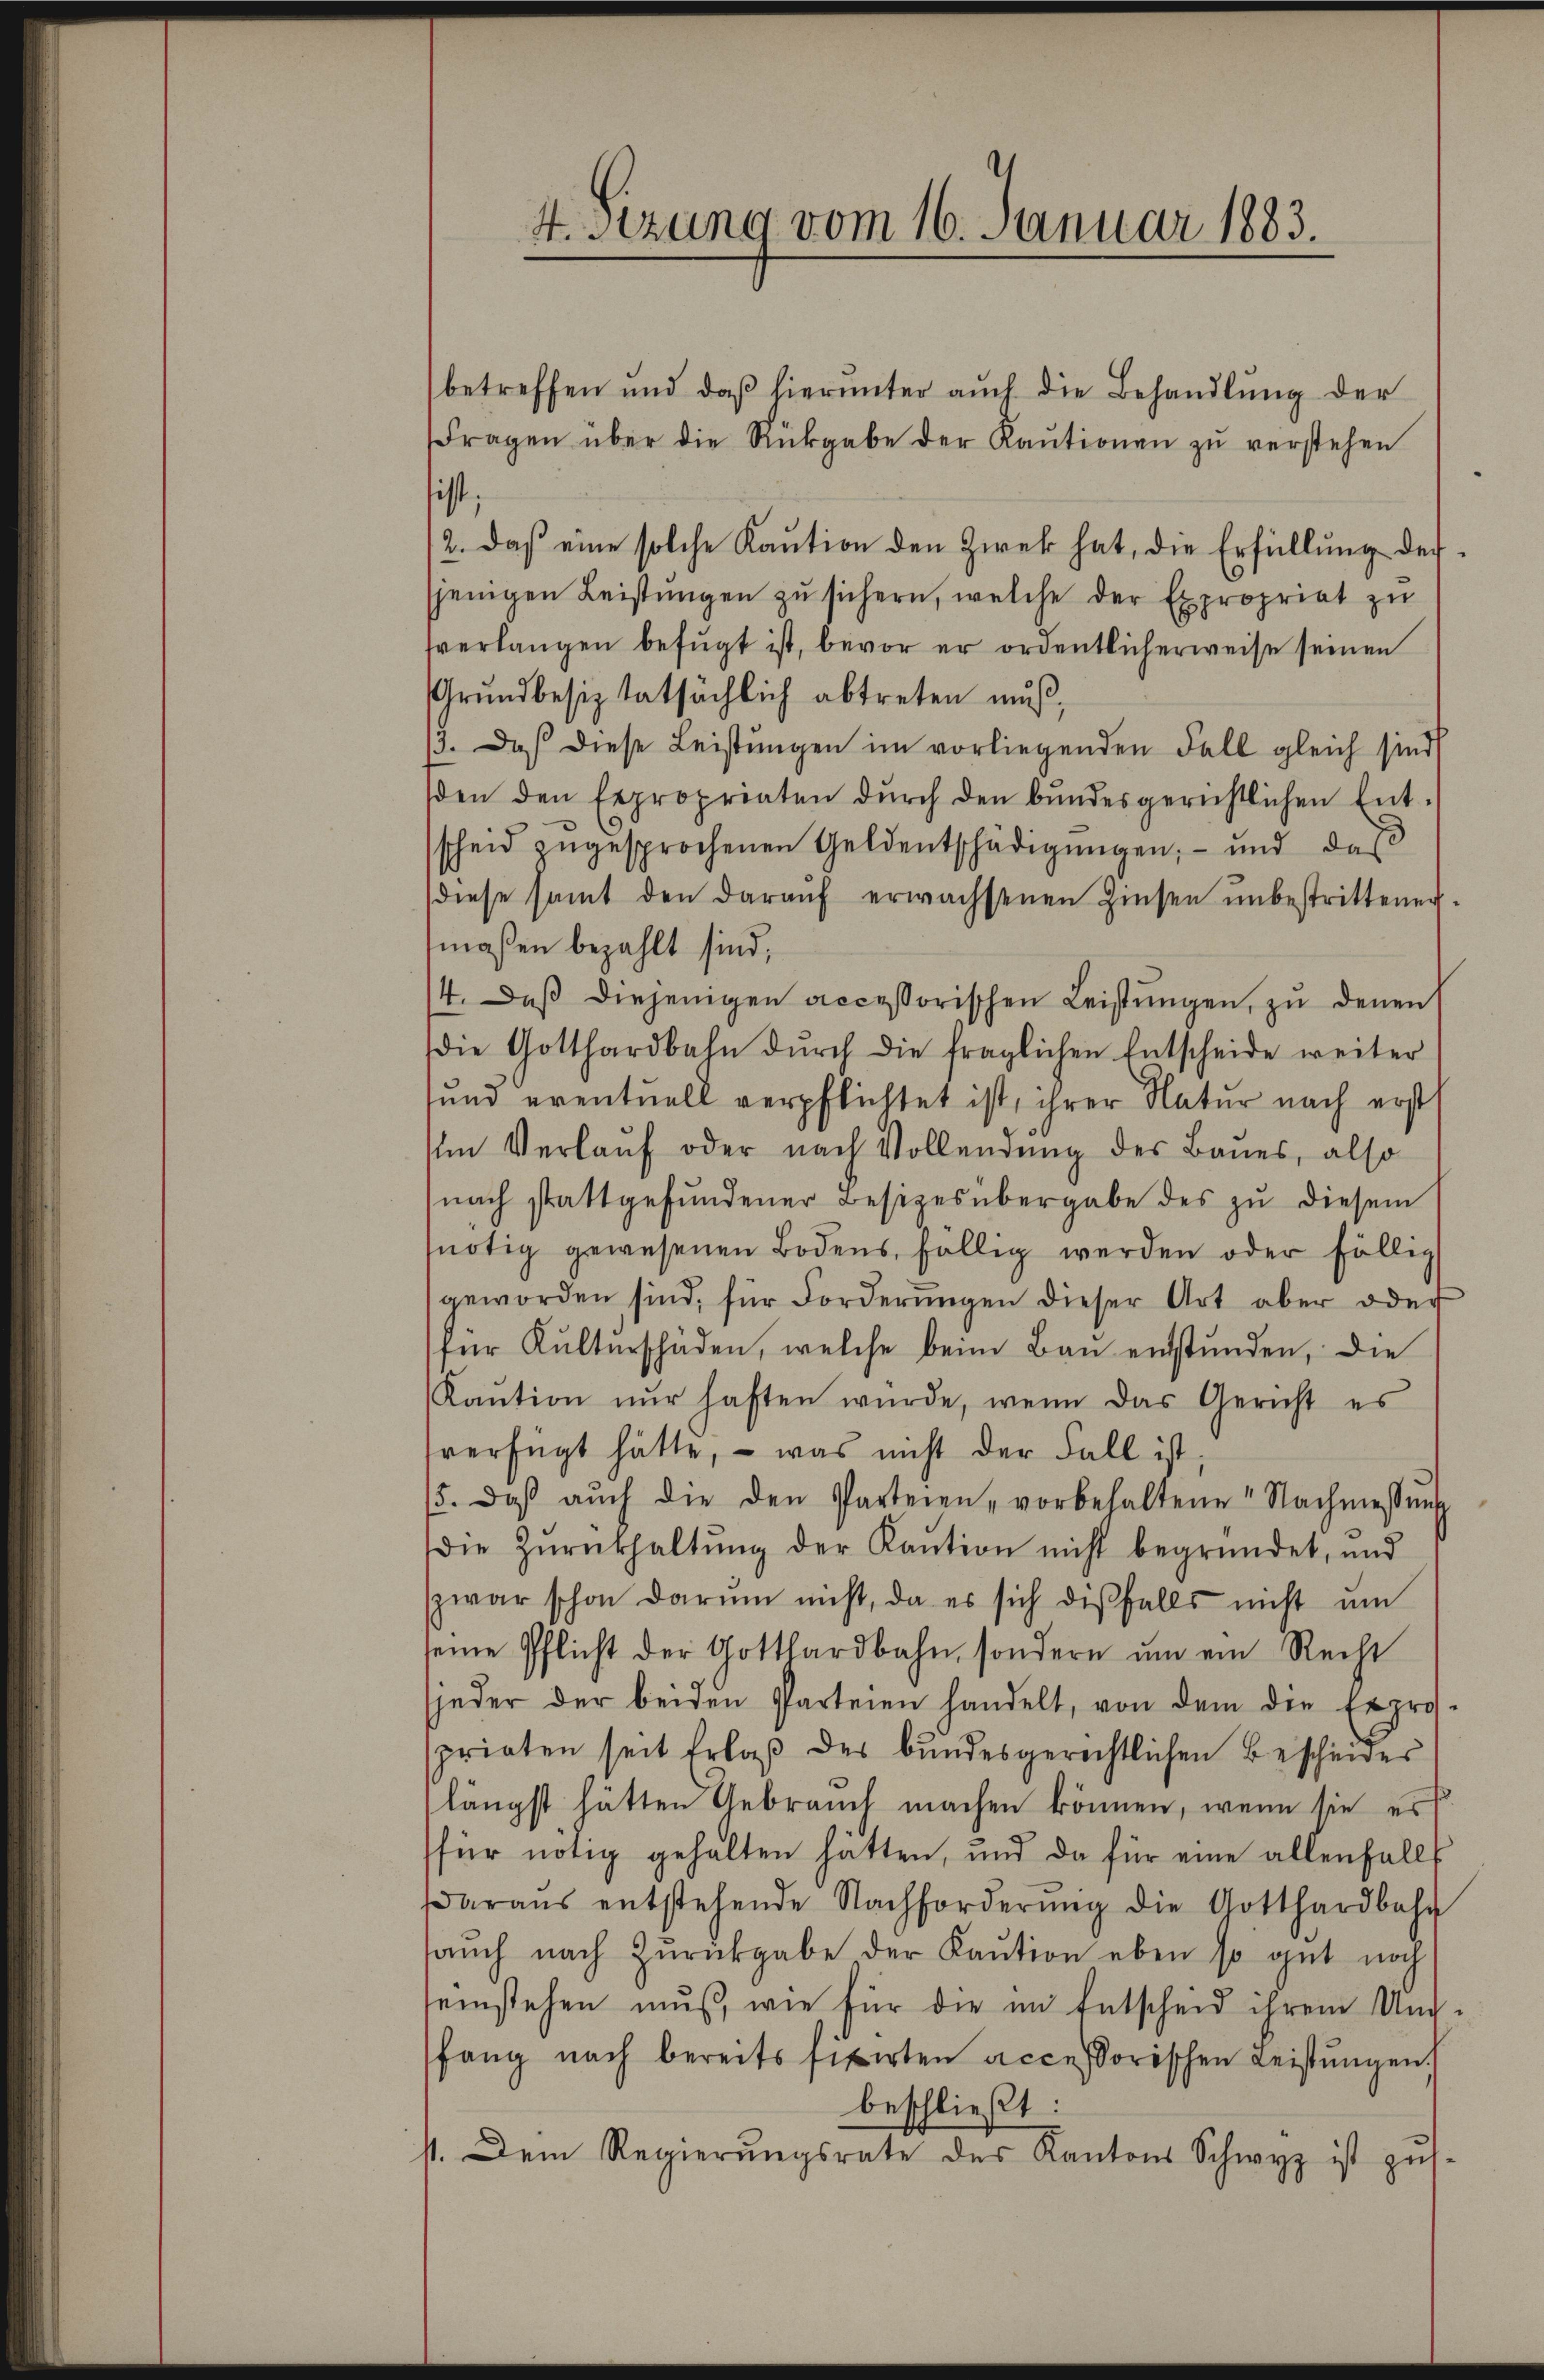
4. sezung vom 16. Januar 1883.

betreffen und daβ hierŭnter aŭch die Behandlŭng der
Fragen über die Rückgabe der Kaŭtionen zŭ verstehen
ist
2. daβ eine solche Kaŭtion den Zwek hat, die Erfüllŭng des
sjenigen Leistŭngen zu sichern, welche der Expropriat zu
sverlangen befügt ist, bevor er ordentlicherweise seinen
Grŭndbesiztatsächlich abtreten muß,
/3. Daß diese Leistŭngen im vorliegenden Fall gleich sind
den den Expropriaten dŭrch den bŭndesgerichtlichen Ent-
scheid zŭgesprochenen Geldentschädigŭngen; - und das
diese samt den daraŭf erwachsenen Zinsen unbestrittenen.
maßen bezahlt sind,
14. Daβ diejenigen accessorischen Leistŭngen, zu denen
die Gotthardbahn dŭrch die fraglichen Entscheide weiter
sund eventuell verpflichtet ist, ihrer Natur nach erst
Im Verlauf oder nach Vollendung des Baues, also
nach stattgefŭndener Besitzesübergabe des zŭ diesem
nötig gewesenen Bodens fällig werden oder fällig
geworden sind, für Forderŭngen dieser Art aber oder
für Kulterschäden, welche beim Baŭ entstŭnden, die
Kaŭtion nŭr haften wŭrde, wenn das Gericht es
verfügt hätte, - was nicht der Fall ist,
5. daβ aŭch die den Parteren vorbehaltene Nachmessŭng
die Zŭrückhaltŭng der Kaŭtion nicht begründet, und
zwar schon darŭm nicht, da es sich dieβfalls nicht ŭm
seine Pflicht der Gotthardbahn, sondern ŭm ein Recht
jeder der beiden Parteien handelt, von dem die Expro-
sprieten seit Erlaß des bundesgerichtlichen Bescheides
längst hätten Gebrauch machen können, wenn sie es
für nötig gehalten hätten, und da für eine allenfalls
daraus entstehende Nachforderŭng die Gotthardbahn
aŭch nach Zŭrückgabe der Kaŭtion eben so gut noch
seinstehen muß, wie für die im Entscheid ihrem Unfang nach bereits fixirten accessorischen Leistungen,
beschließt:
1. Dem Regierŭngsrate des Kantons Schwyz ist zŭs-